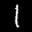
Label: 1